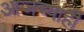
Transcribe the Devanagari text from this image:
आजच्याही